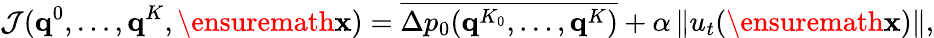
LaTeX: \mathcal{J}(\mathbf{q}^{0},\dots,\mathbf{q}^{K},\ensuremath{\mathbf{x}})=\overline{{\Delta p_{0}(\mathbf{q}^{K_{0}},\dots,\mathbf{q}^{K})}}+\alpha\left\| u_{t}(\ensuremath{\mathbf{x}})\right\| ,